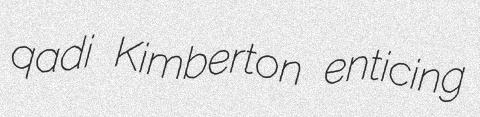
qadi Kimberton enticing